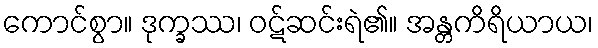
ကောင်စွာ။ ဒုက္ခဿ၊ ဝဋ်ဆင်းရဲ၏။ အန္တကိရိယာယ၊